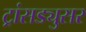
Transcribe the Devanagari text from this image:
ट्रांसड्युसर